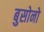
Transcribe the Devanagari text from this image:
बुसोनो